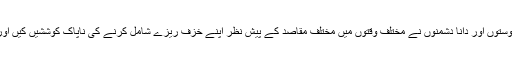
نبی اکرم صلی اللہ علیہ وسلم کے ذخیرہ احادیث میں آپ کے کچھ نادان دوستوں اور دانا دشمنوں نے مختلف وقتوں میں مختلف مقاصد کے پیش نظر اپنے خزف ریزے شامل کرنے کی ناپاک کوششیں کیں اور دینِ حنیف کی صاف و شفاف سرچشمہ کو گدلا کرنے کی جسارت کی۔